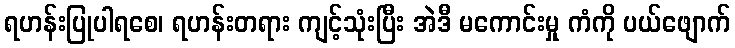
ရဟန်းပြုပါရစေ၊ ရဟန်းတရား ကျင့်သုံးပြီး အဲဒီ မကောင်းမှု ကံကို ပယ်ဖျောက်